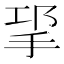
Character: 㧭